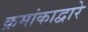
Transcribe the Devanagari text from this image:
क्रमांकाद्वारे